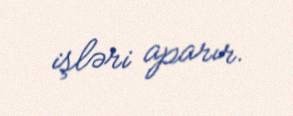
işləri aparır.